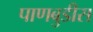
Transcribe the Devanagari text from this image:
पाणबुडीस